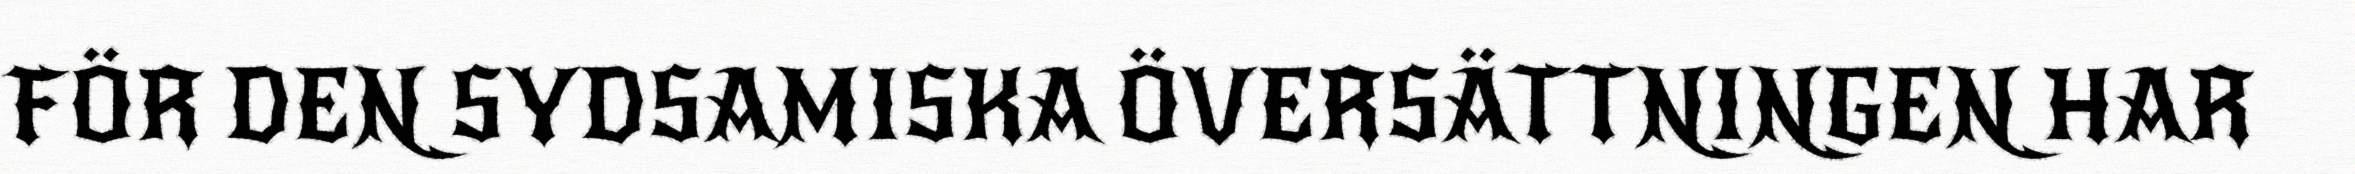
FÖR DEN SYDSAMISKA ÖVERSÄTTNINGEN HAR